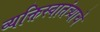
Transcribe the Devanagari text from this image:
व्यक्तिस्वातंत्र्याचे